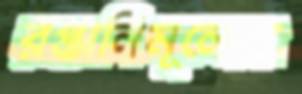
রপ্তানিমূল্যের